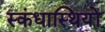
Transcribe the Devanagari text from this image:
स्कंधास्थियों